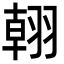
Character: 䎐